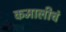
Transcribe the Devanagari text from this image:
कमालीचं